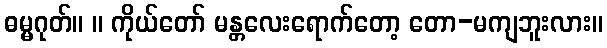
ဓမ္မဂုတ်။ ။ ကိုယ်တော် မန္တလေးရောက်တော့ တော-မကျဘူးလား။